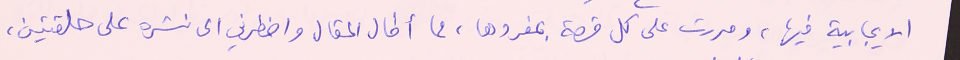
الايجابية فيها، ومررت على كل قصة بمفردها، مما أطال المقال واضطرني الى نشره على حلقتين،